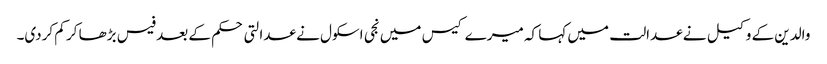
والدین کے وکیل نے عدالت میں کہا کہ میرے کیس میں نجی اسکول نے عدالتی حکم کے بعد فیس بڑھا کر کم کردی۔